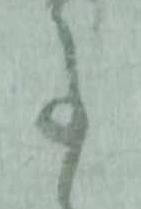
事